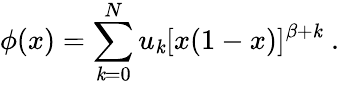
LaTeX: \phi(x)=\sum_{\mathit{k}=0}^{N}u_{\mathit{k}}[x(1-x)]^{\beta+\mathit{k}}\; .